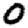
Digit: 0